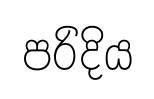
පරිදිය